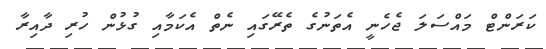
ކަރަންޓް މައްސަލަ ޖެހެނީ އެތަނުގެ ތެރޭގައި ނެތް އެކަމާއި ގުޅުން ހުރި ދާއިރާ